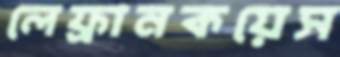
লেফ্রানকয়েস